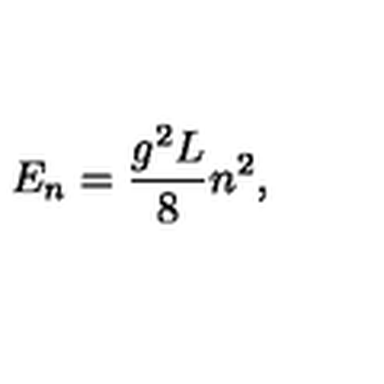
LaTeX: E _ { n } = { \frac { g ^ { 2 } L } { 8 } } n ^ { 2 } ,